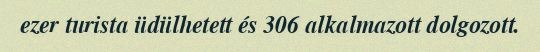
ezer turista üdülhetett és 306 alkalmazott dolgozott.